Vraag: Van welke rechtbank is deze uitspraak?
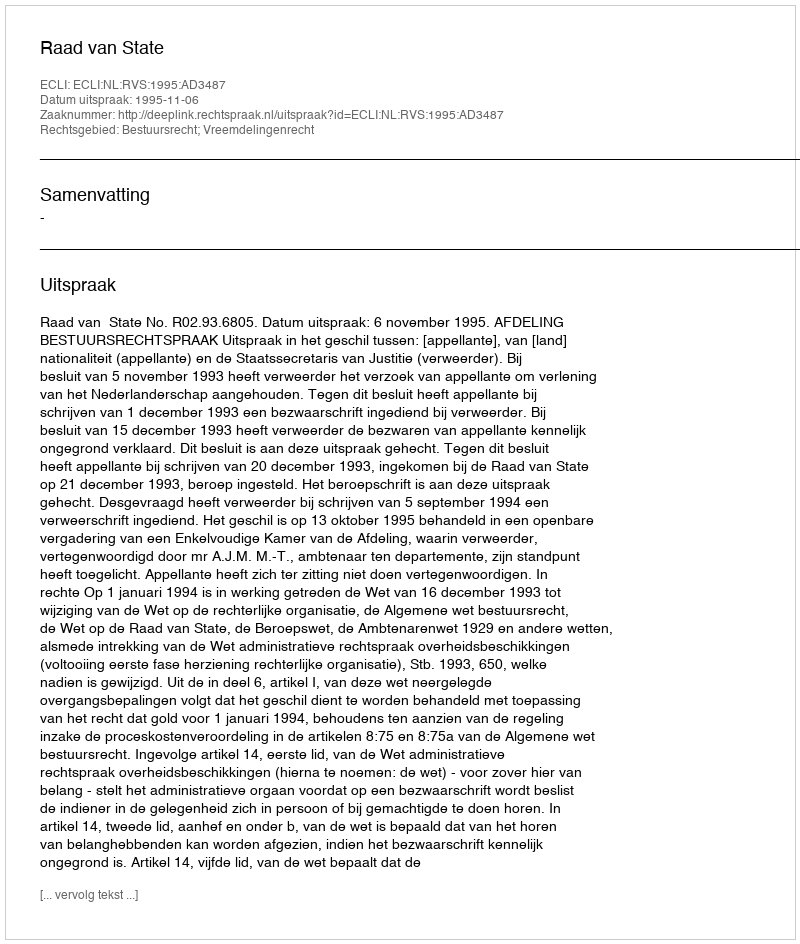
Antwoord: Raad van State